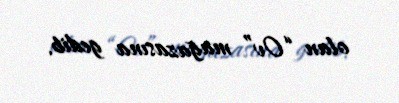
olan “Ov” mağazasına gedib.